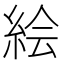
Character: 絵